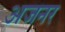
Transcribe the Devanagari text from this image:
अजनर